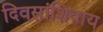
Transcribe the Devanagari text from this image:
दिवसांशिवाय